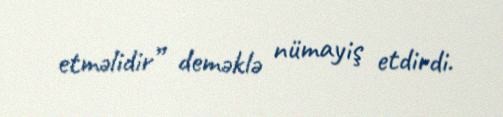
etməlidir” deməklə nümayiş etdirdi.